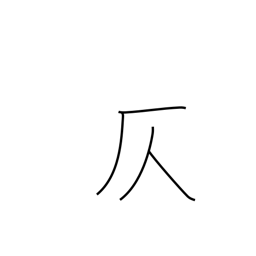
Meaning: suggest